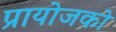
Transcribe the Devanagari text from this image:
प्रायोजको